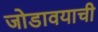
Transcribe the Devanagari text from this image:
जोडावयाची